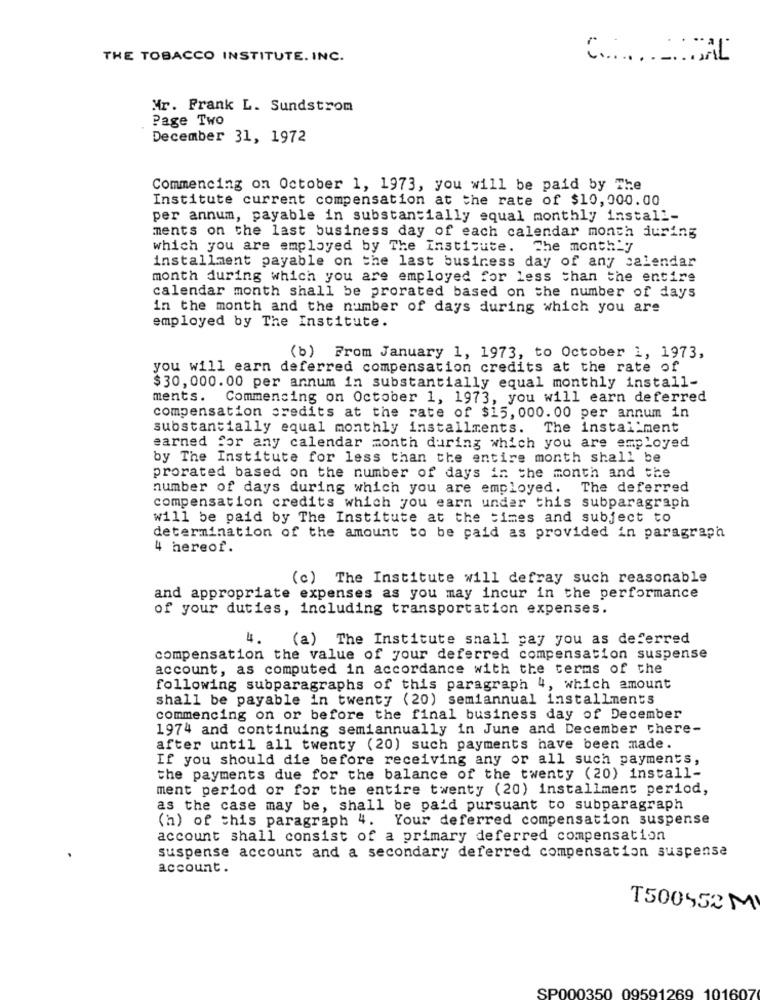
THE TOBACCO INSTITUTE. INC.
Mr. Frank L. Sundstrom
Page Two
December 31, 1972
Commencing on October 1, 1973, you will be paid by The
Institute current compensation at the rate of $10,000.00
per annum, payable in substantially equal monthly install-
ments on the last business day of each calendar month during
which you are employed by The Institute. The monthly
installment payable on the last business day of any calendar
month during which you are employed for less than the entire
calendar month shall be prorated based on the number of days
in the month and the number of days during which you are
employed by The Institute.
(b) From January 1, 1973, to October 1, 1973,
you will earn deferred compensation credits at the rate of
$30, 000. 00 per annum in substantially equal monthly install-
ments.
Commencing on October 1, 1973, you will earn deferred
compensation credits at the rate of $15, 000.00 per annum in
substantially equal monthly installments.
The instal ment
earned for any calendar month during which you are employed
by The Institute for less than the entire month shall be
prorated based on the number of days in the month and the
number of days during which you are employed.
The deferred
compensation credits which you earn under this subparagraph
will be paid by The Institute at the times and subject to
determination of the amount to be paid as provided in paragraph
4 hereof.
(c) The Institute will defray such reasonable
and appropriate expenses as you may incur in the performance
of your duties, including transportation expenses.
4.
(a) The Institute shall pay you as deferred
compensation the value of your deferred compensation suspense
account, as computed in accordance with the terms of the
following subparagraphs of this paragraph 4, which amount
shall be payable in twenty (20) semiannual installments
commencing on or before the final business day of December
1974 and continuing semiannually in June and December there-
after until all twenty (20) such payments have been made.
If you should die before receiving any or all such payments,
the payments due for the balance of the twenty (20) install-
ment period or for the entire twenty (20) installment period,
as the case may be, shall be paid pursuant to subparagraph
(h) of this paragraph 4. Your deferred compensation suspense
account shall consist of a primary deferred compensation
suspense account and a secondary deferred compensation suspense
account.
T500552 M
SP000350 09591269 101607